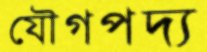
যৌগপদ্য